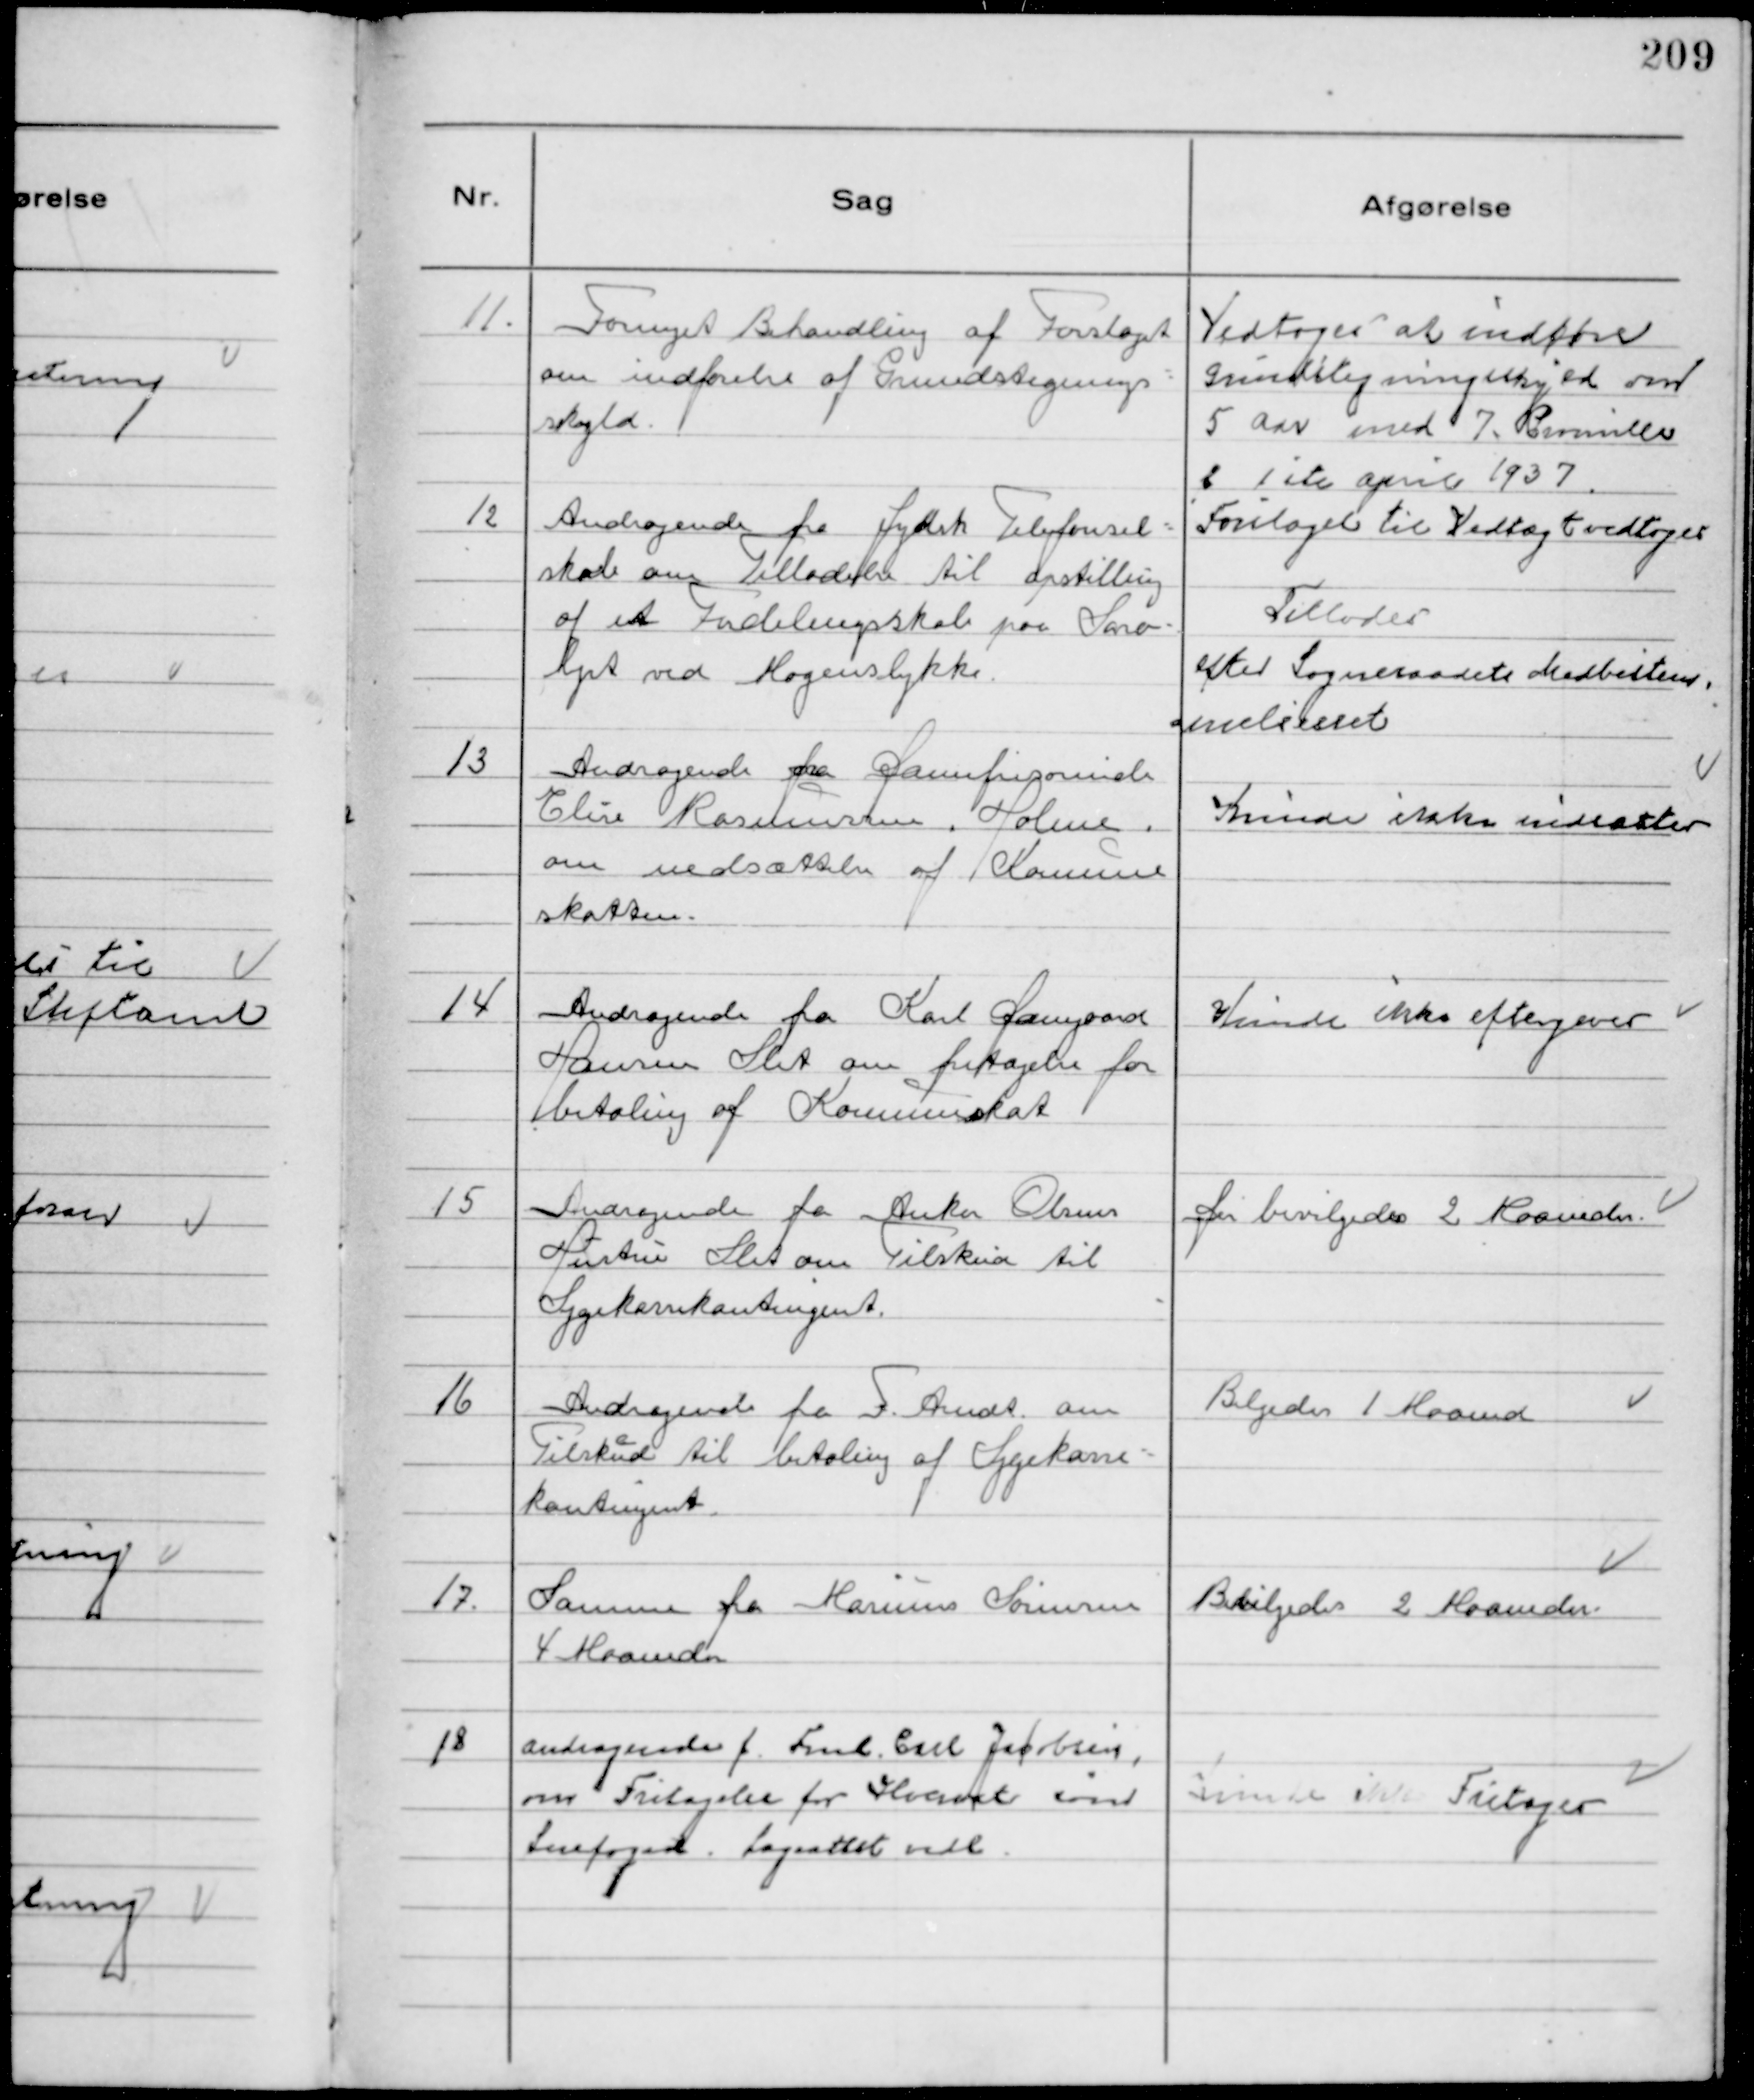
Transskription:
11.
Fornyet Behandling af Forslaget
om indførelse af Grundstignings-
skyld.

Vedtoges at indføre
Grundstigningsskyld om
5 Aar med 7. Promille
d 1 ste April 1937
Forslaget til Vedtægt vedtoges

12
Andragende fra Jydsk Telefonsel-
skab om Tilladelse til opstilling
af et Fordelingsskab paa Sara-
lyst ved Mogenslykke.

Tillodes
efter Sogneraadets Medbestem
melsesret

13
Andragende fra Damefrisørinde
Elise Rasmussen, Holme,
om nedsættelse af Kommune
skatten.

Kunde ikke nedsættes.

14
Andragende fra Karl Damgaard
Hansen Slet om fritagelse for
betaling af Kommuneskat

Kunde ikke eftergives

15
Andragende fra Anker Olsens
Hustru Slet om Tilskud til
Sygekassekontingent.

Der bevilgedes 2 Maaneder.

16
Andragende fra F. Arndt om
Tilskud til betaling af Sygekasse-
kontingent.

Bilgedes 1 Maaned

17.
Samme fra Marinus Sørensen
4 Maaneder

Bevilgedes 2 Maaneder.

18
Andragende f. Fmd. Carl Jacobsen
om Fritagelse for Hvervet som
Snefoged. Lægeattest vdl.

Kunde ikke Fritages